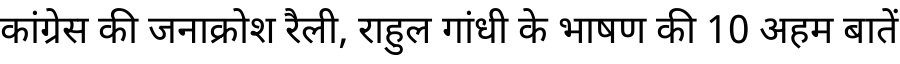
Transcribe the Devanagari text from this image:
कांग्रेस की जनाक्रोश रैली, राहुल गांधी के भाषण की 10 अहम बातें